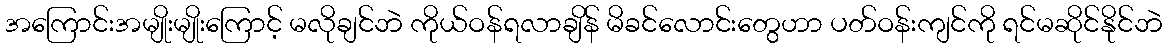
အကြောင်းအမျိုးမျိုးကြောင့် မလိုချင်ဘဲ ကိုယ်ဝန်ရလာချိန် မိခင်လောင်းတွေဟာ ပတ်ဝန်းကျင်ကို ရင်မဆိုင်နိုင်ဘဲ